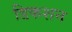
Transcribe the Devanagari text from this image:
डिकशन